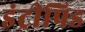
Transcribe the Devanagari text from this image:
इंट्रीपिड